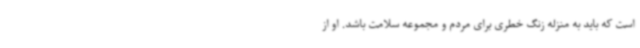
است که باید به منزله زنگ خطری برای مردم و مجموعه سلامت باشد. او از